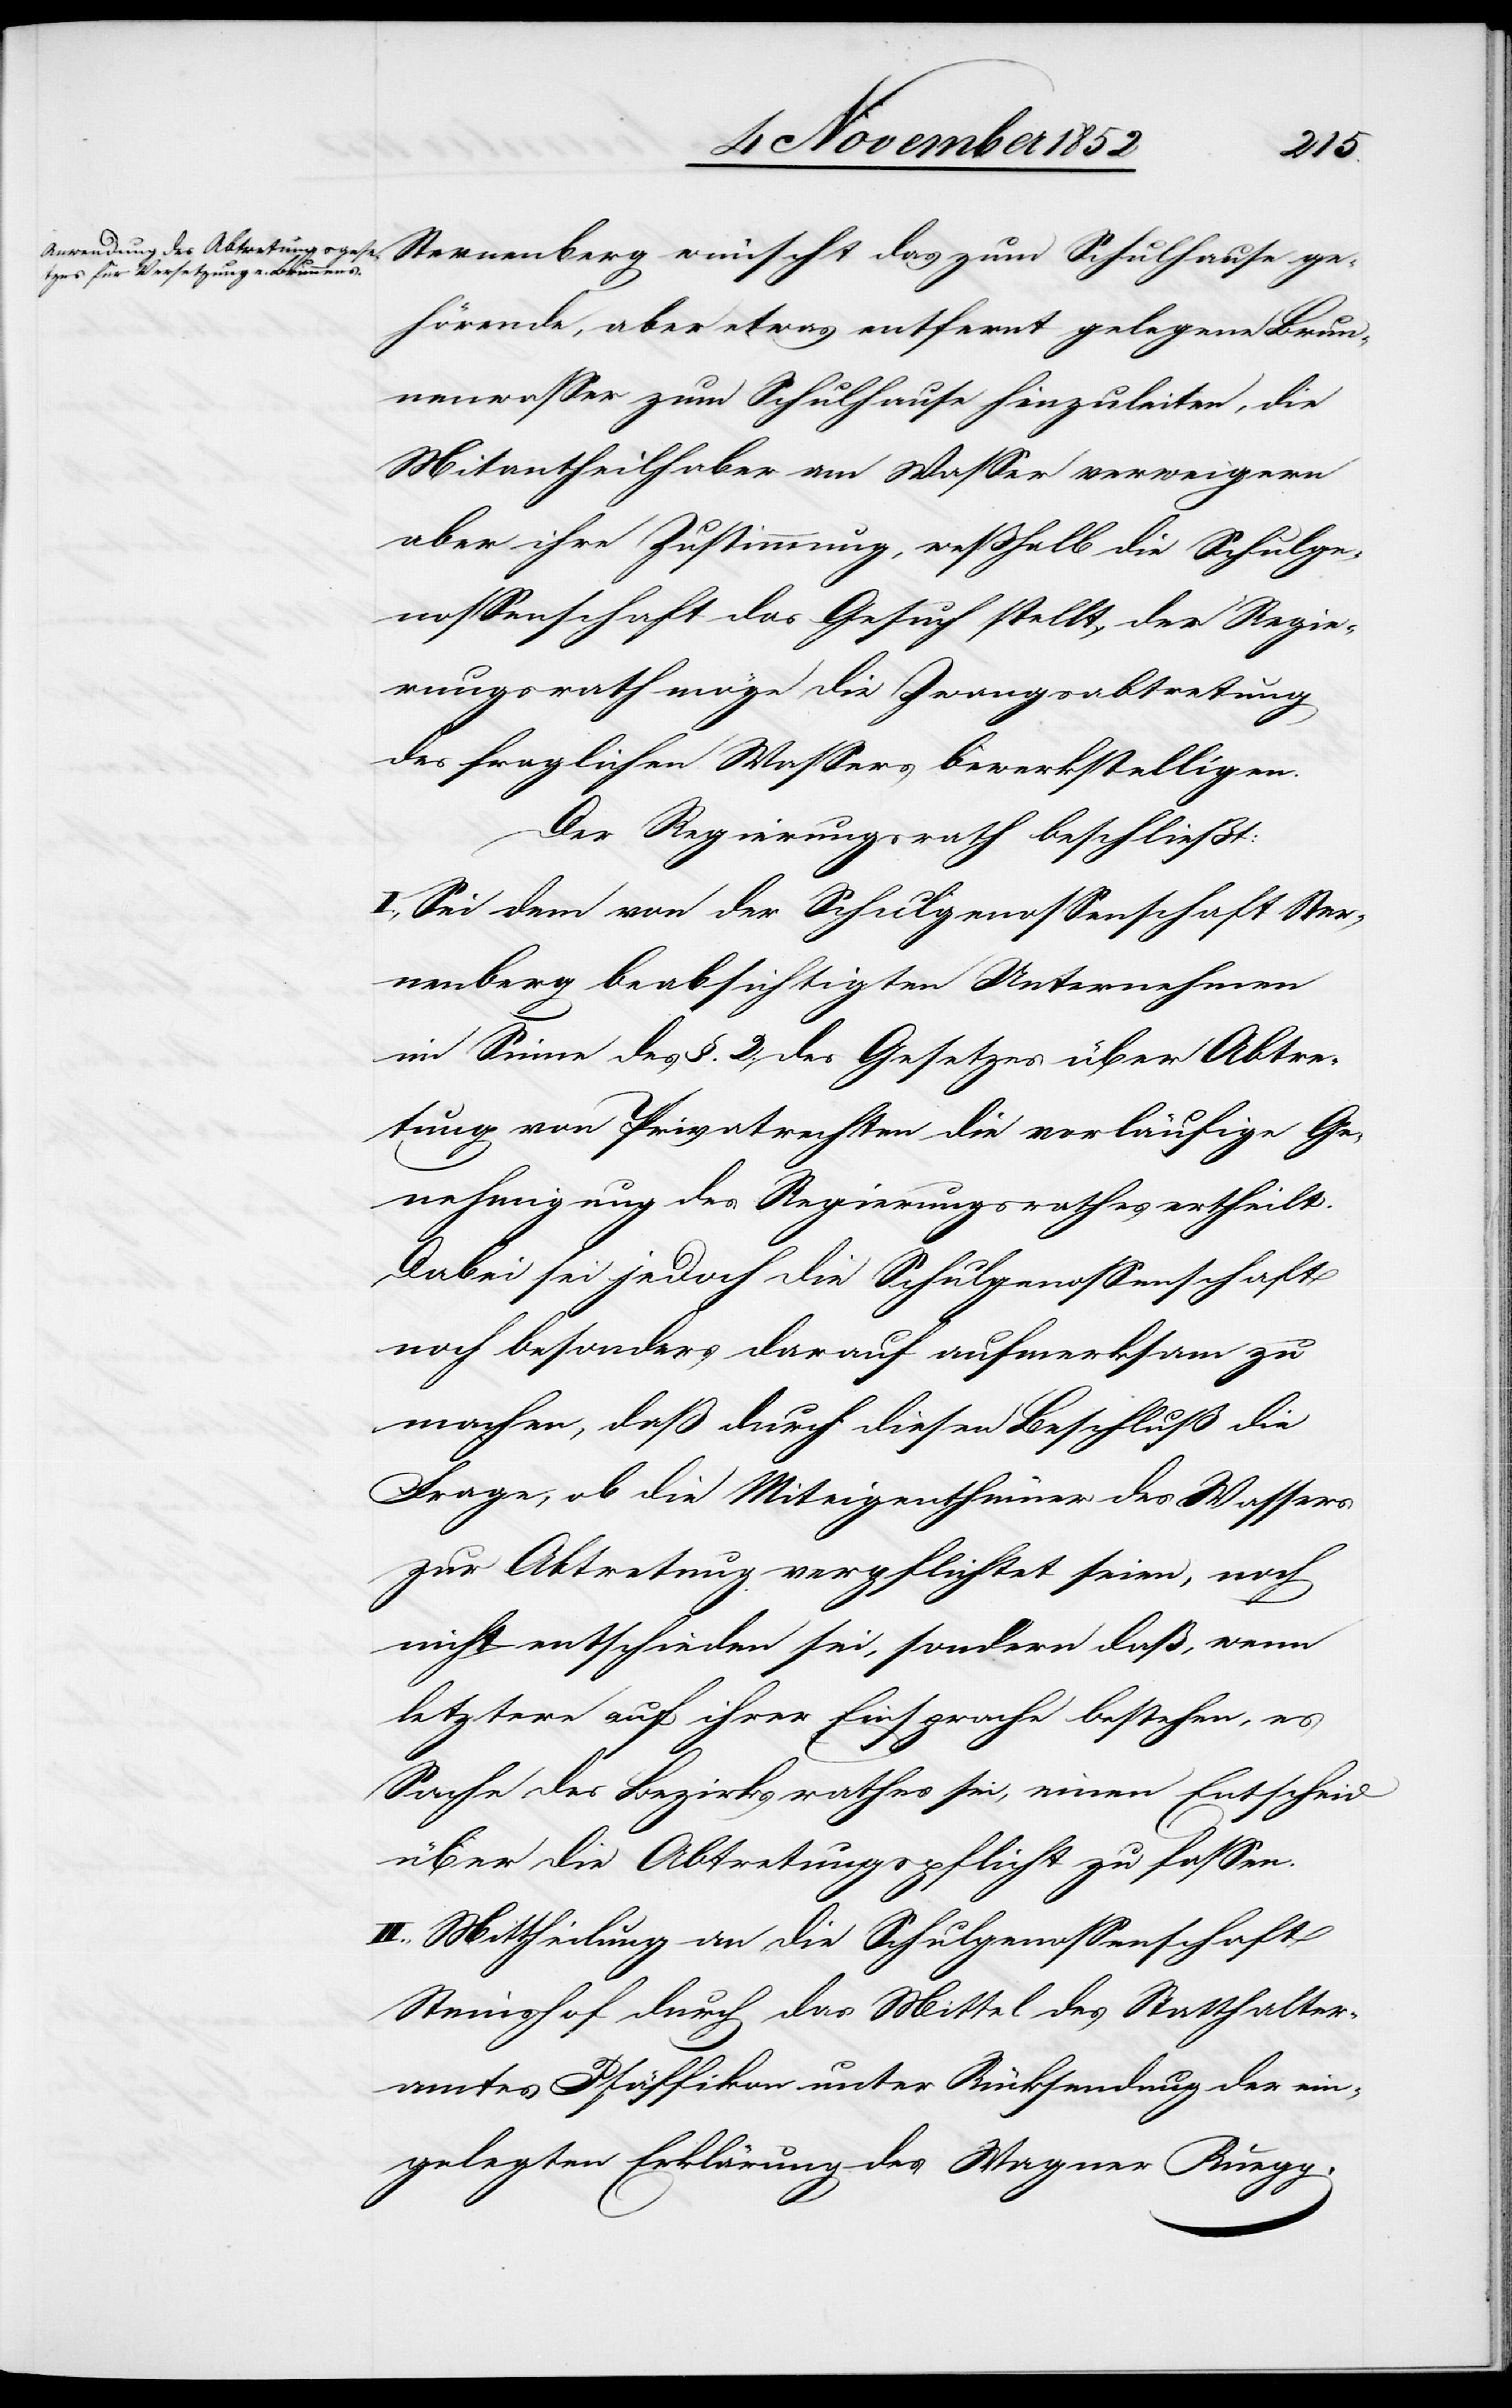
Sternenberg wünscht das zum Schulhause ge¬
hörende, aber etwas entfernt gelegene Brun¬
nenwasser zum Schulhause hinzuleiten, die
Mitantheilhaber am Wasser verweigern
aber ihre Zustimmung, weßhalb die Schulge¬
nossenschaft das Gesuch stellt, der Regie¬
rungsrath möge die Zwangsabtretung
des fraglichen Wassers bewerkstelligen.
Der Regierungsrath beschließt:
I., Sei dem von der Schulgenossenschaft Ster¬
nenberg beabsichtigten Unternehmen
im Sinne des §. 2. des Gesetzes über Abtre¬
tung von Privatrechten die vorläufige Ge¬
nehmigung des Regierungsrathes ertheilt.
Dabei sei jedoch die Schulgenossenschaft
noch besonders darauf aufmerksam zu
machen, daß durch diesen Beschluß die
Frage, ob die Miteigenthümer des Wassers
zur Abtretung verpflichtet seien, noch
nicht entschieden sei, sondern daß, wenn
letztere auf ihrer Einsprache bestehen, es
Sache des Bezirksrathes sei, einen Entscheid
über die Abtretungspflicht zu fassen.
II., Mittheilung an die Schulgenossenschaft
Steinshof durch das Mittel des Statthalter¬
amtes Pfäffikon unter Rücksendung der ein¬
gelegten Erklärung des Wagner Ruegg.